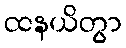
ထနယိတွာ